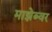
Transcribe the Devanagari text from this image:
माझेब्वर